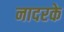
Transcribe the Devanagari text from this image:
नादरके